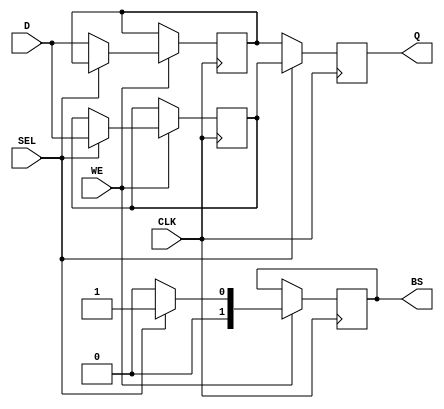
module double_buffer_register (
    input wire [7:0] D,        // Data In
    input wire WE,             // Write Enable
    input wire CLK,            // Clock
    input wire SEL,            // Select
    output reg [7:0] Q,        // Data Out
    output reg [1:0] BS        // Buffer Status (0 for Buffer 0, 1 for Buffer 1)
);

    // Internal registers for the two buffers
    reg [7:0] buffer0;
    reg [7:0] buffer1;

    // Asynchronous reset (optional)
    // Add an input for reset if needed
    // input wire RST

    always @(posedge CLK) begin
        // Write logic
        if (WE) begin
            if (SEL) begin
                buffer1 <= D; // Write to Buffer 1
                BS <= 2'b01;  // Update Buffer Status to Buffer 1
            end else begin
                buffer0 <= D; // Write to Buffer 0
                BS <= 2'b00;  // Update Buffer Status to Buffer 0
            end
        end

        // Read logic
        // Output data is driven by the selected buffer
        if (SEL) begin
            Q <= buffer1; // Read from Buffer 1
        end else begin
            Q <= buffer0; // Read from Buffer 0
        end
    end

    // Optional: Synchronous or asynchronous reset logic can be added
    // if (RST) begin
    //     buffer0 <= 8'b0;
    //     buffer1 <= 8'b0;
    //     Q <= 8'b0;
    //     BS <= 2'b00; // Reset Buffer Status
    // end

endmodule